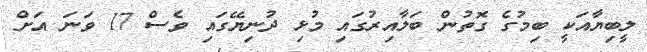
ލީބިޔާއަކީ ބިމުގެ ގޮތުން ބަލާއިރުގައި މުޅި ދުނިޔޭގައި ވެސް 17 ވަނަ އަށް